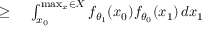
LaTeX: \begin{array} { r l } { \geq { } } & { { } \int _ { x _ { 0 } } ^ { \operatorname* { m a x } _ { x } \in X } f _ { \theta _ { 1 } } ( x _ { 0 } ) f _ { \theta _ { 0 } } ( x _ { 1 } ) \, d x _ { 1 } } \end{array}